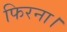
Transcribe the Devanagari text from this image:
फिरना।